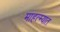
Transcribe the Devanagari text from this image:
माहत्म्यात